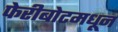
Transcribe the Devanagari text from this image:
फेरीबोटमधून